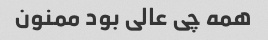
همه چی عالی بود ممنون